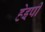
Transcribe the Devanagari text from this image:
हेइपी